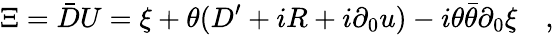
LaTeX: \Xi=\bar{D}U=\xi+\theta(D^{\prime}+iR+i\partial_{0}u)-i\theta\bar{\theta}\partial_{0}\xi\quad,